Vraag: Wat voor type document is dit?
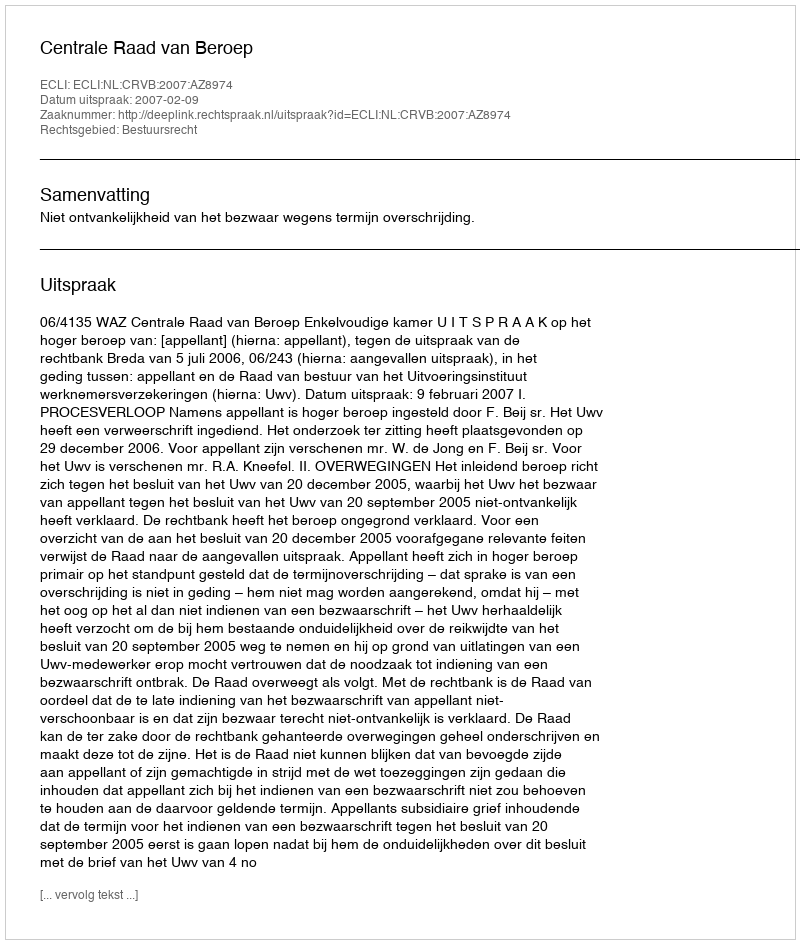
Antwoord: Uitspraak